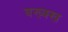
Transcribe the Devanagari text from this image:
बख्क्ख